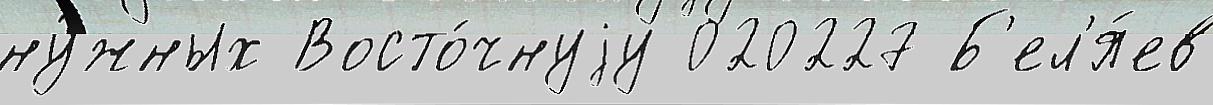
ну́жных Восто́чнуjу 020227 Б'ел'я́ев